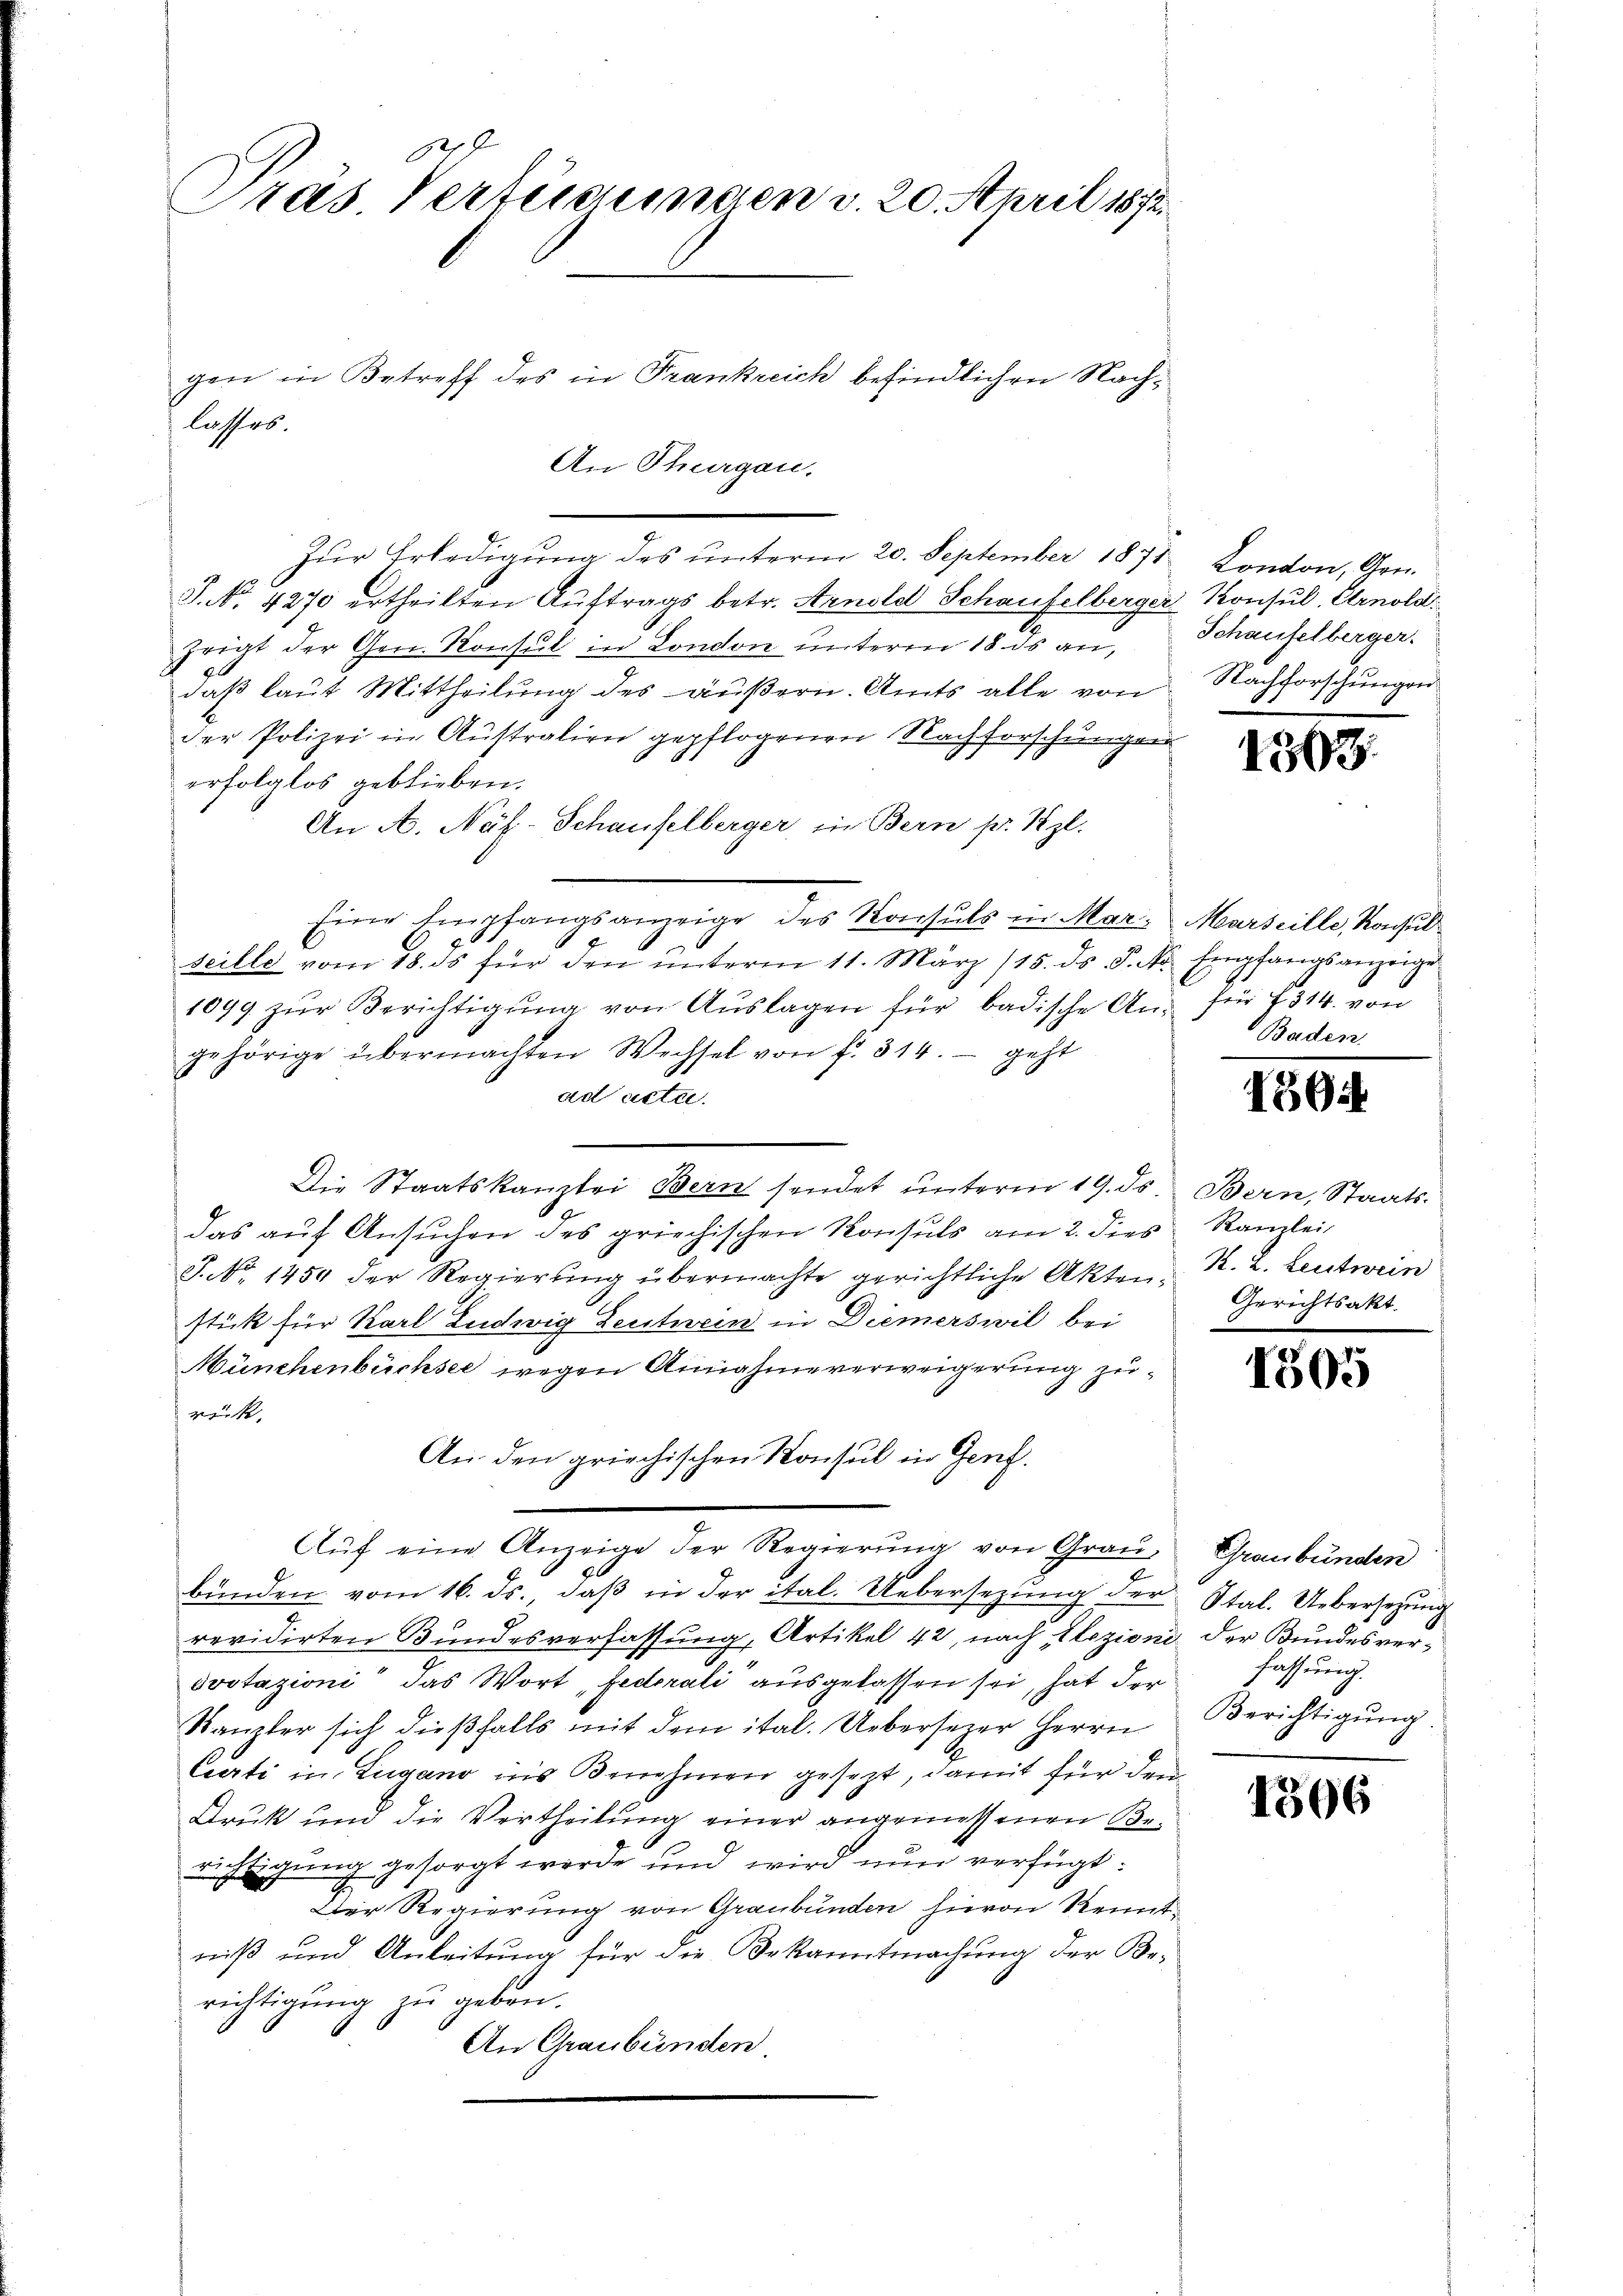
.
Pras Verteilungen v. 20. April 1872.
gen in Betreff des in Frankreich befindlichen Nachlasses.
An Thurgau.

Zur Erledigung des unterm 20. September 1871
J. No. 4270 ertheilten Auftrags betr. Arnold Schaufelberger
zrigt der Gen. Konsul in London unterm 18. ds an,
daß laut Mittheilung des äußern. Amts alle von
der Polizei in Australien gepflogenen Nachforschungen
erfolglos geblieben.
An A. Näf-Schaufelberger, in Bern pr. Szl.
Eine Empfangsanzeige des Konsuls in Mar. Marseille, Konsulseille vom 18. ds für den ŭnterm 11. März (15. ds. S. Nr. Empfangsanzeige
1099 zŭr Berichtigŭng von Aŭslagen für badische An- für 7314. von
gehörige übermachten Wechsel von f. 314. geht
ad acte.
Die Staatskanzlei Bern sendet unterm 19. ds
das auf Ansuchen des griechischen Konsuls am 2. dies
J. No 1454 der Regierung übermachte gerichtliche Aktenstück für Karl Ludwig Leutnein in Diemerswil bei
Münchenbüchsee wegen Annahme verweigerung zurück,
An den griechischen Konsul in Genf.
Aŭf eine Anzeige der Regierŭng von Grau
bunden vom 16. ds., daß in der ital. Uebersezung der
revidirten Bundesverfassung, Artikel 42, nach Elezioni der Bundesversvotazioni das Wort, Fedorali ausgelassen sei, hat der
Kanzler sich dießfalls mit dem ital. Uebersezer Herrn
Curti in Zugano ins Benehmen gesezt, damit für den
Druk und die Vertheilung einer angemessenen Berichtigung gesorgt werde und wird nun verfügt:
2
Der Regierung von Graubünden hievon Kenntniß und Anleitung für die Bekanntmachung der Berichtigung zu geben.
An Graubünden

Kondon, Gen.
Konsul, Arnold
Schaufelberger.
Nachforschungen

1565

Baden.

1594

Bern, Staats-
Kanzlei,
K. L. Leutwein
Gerichtsakt

1505

Graubünden
Stal. Uebersetzung
fassung.
Berichtigung.

4396